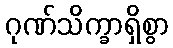
ဂုဏ်သိက္ခာရှိစွာ